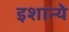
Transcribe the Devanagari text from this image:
इशान्ये